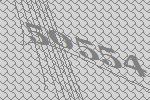
50554